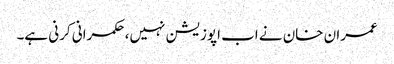
عمران خان نے اب اپوزیشن نہیں، حکمرانی کرنی ہے۔